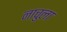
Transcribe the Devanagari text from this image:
नाचुला